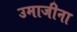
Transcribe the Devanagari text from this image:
उमाजीना